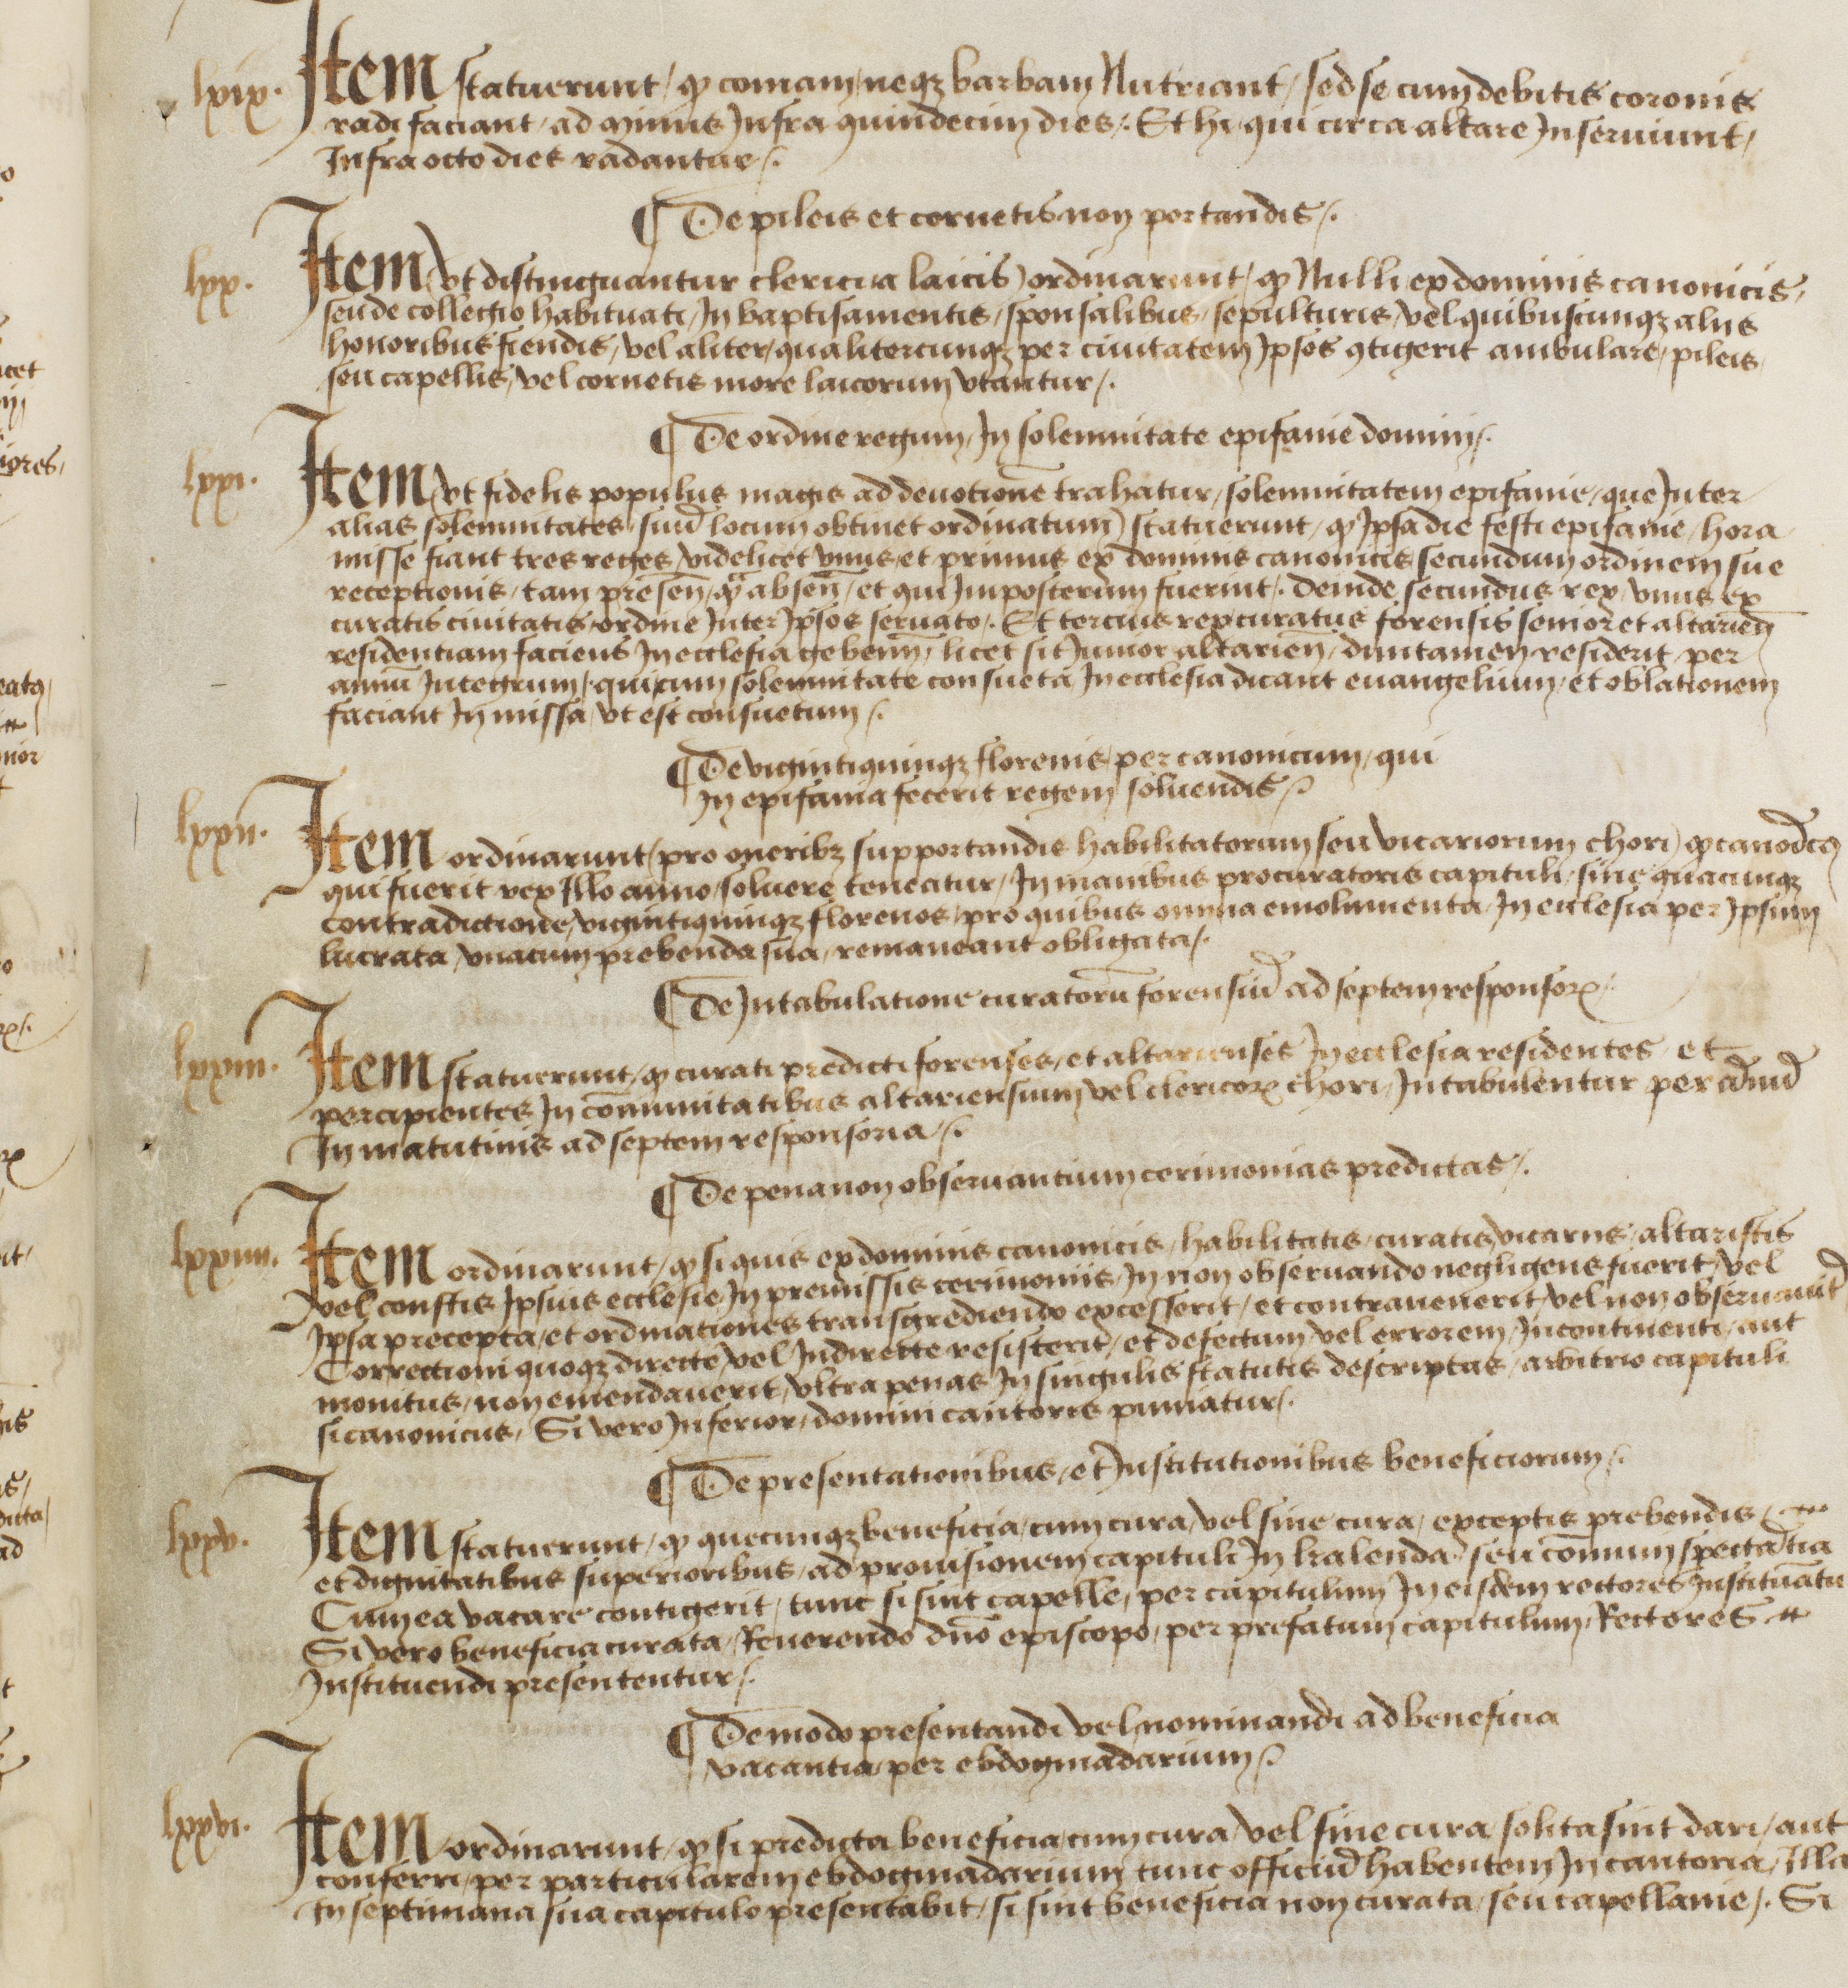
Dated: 1483–1490